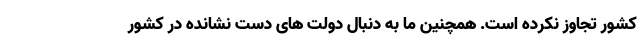
کشور تجاوز نکرده است. همچنین ما به دنبال دولت های دست نشانده در کشور